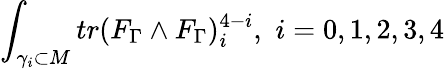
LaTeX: \int_{\gamma_{i}\subset M}tr(F_{\Gamma}\wedge F_{\Gamma})_{i}^{4-i},\, \, i=0,1,2,3,4